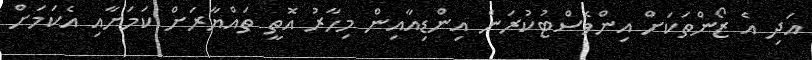
އަދި އެ ޒޯންތަކަށް އިންވެސްޓުކުރަން އިންޑިއާއިން މިހާރު އޮތީ ތައްޔާރަށް ކަމަށާއި އެކަމަށް